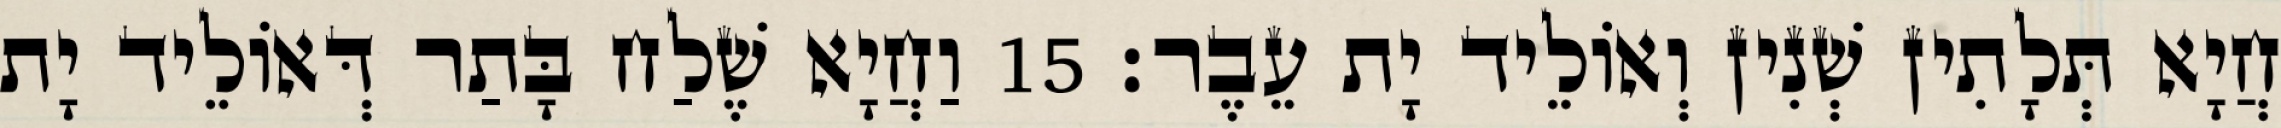
חֲיָא תְּלָתִין שְׁנִין וְאוֹלֵיד יָת עֵבֶר׃ 15 וַחֲיָא שֶׁלַח בָּתַר דְּאוֹלֵיד יָת